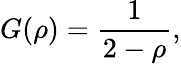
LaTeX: G(\rho)=\frac{1}{2-\rho},